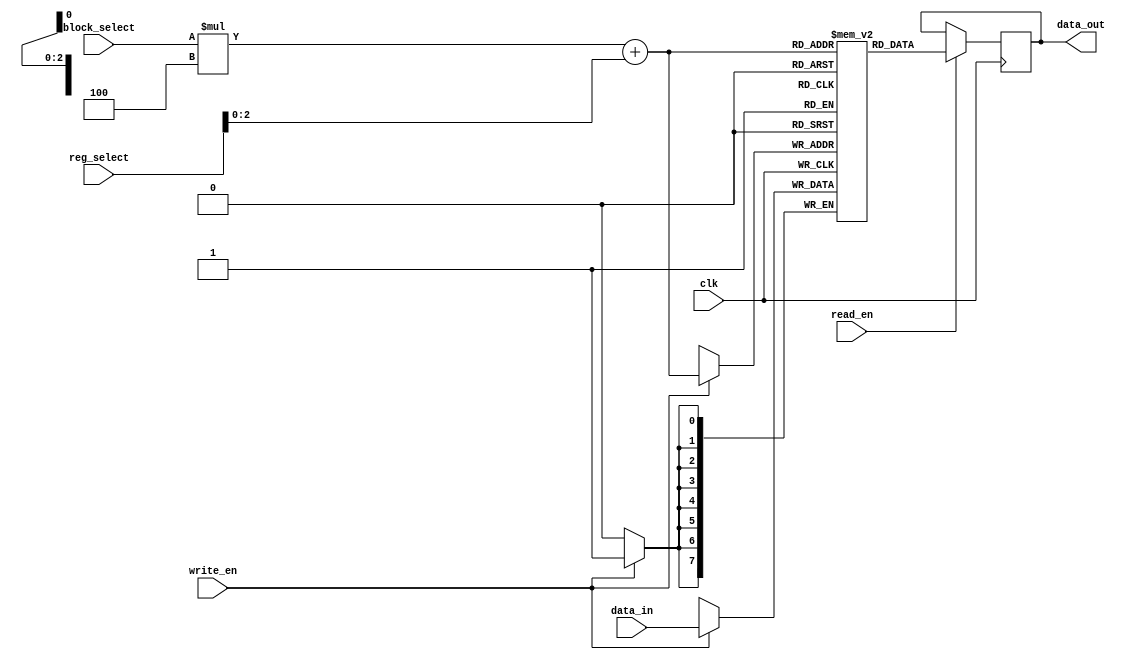
module register_file (
    input wire clk,
    input wire [7:0] data_in,
    input wire read_en,
    input wire write_en,
    input wire [1:0] block_select,
    input wire [3:0] reg_select,
    output reg [7:0] data_out
);

reg [7:0] reg_file [1:0][3:0]; // 2 blocks, 4 registers per block

always @(posedge clk) begin
    if (write_en) begin
        reg_file[block_select][reg_select] <= data_in;
    end
    if (read_en) begin
        data_out <= reg_file[block_select][reg_select];
    end
end

endmodule